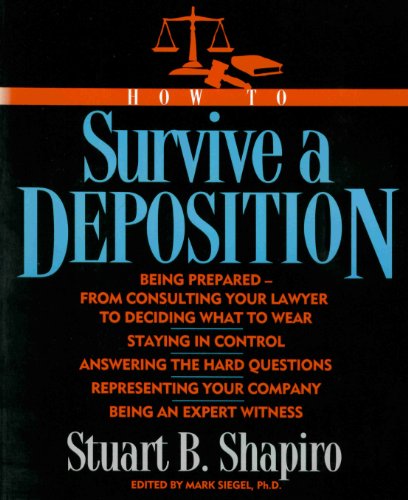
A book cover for How to Survive a Deposition; Stuart B. Shapiro; Law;